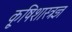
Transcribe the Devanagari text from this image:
कृ्षिशास्त्रज्ञ